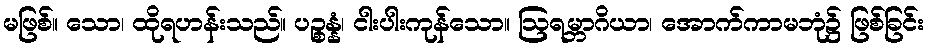
မဖြစ်။ သော၊ ထိုရဟန်းသည်။ ပဉ္စန္နံ၊ ငါးပါးကုန်သော။ ဩရမ္ဘာဂိယာ၊ အောက်ကာမဘုံ၌ ဖြစ်ခြင်း